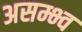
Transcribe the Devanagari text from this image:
असम्भ्व